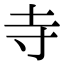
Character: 寺